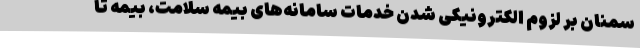
سمنان بر لزوم الکترونیکی شدن خدمات سامانه‌های بیمه سلامت، بیمه تا